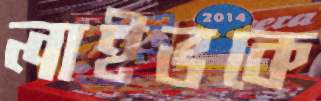
লাইভকে